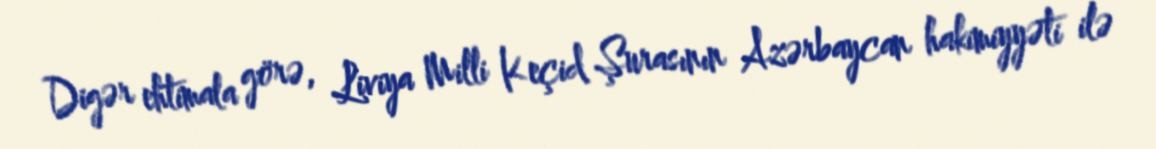
Digər ehtimala görə, Liviya Milli Keçid Şurasının Azərbaycan hakimiyyəti ilə